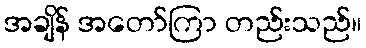
အချိန် အတော်ကြာ တည်းသည်။